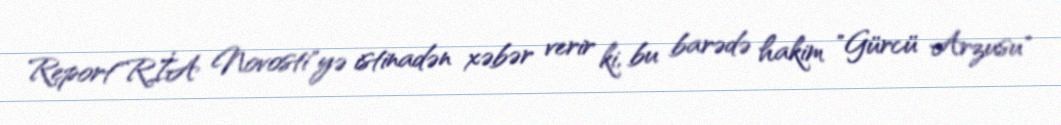
Report"RİA Novosti"yə istinadən xəbər verir ki, bu barədə hakim "Gürcü Arzusu"